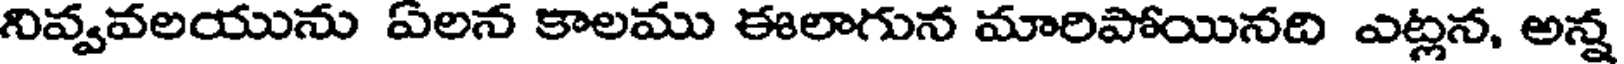
నివ్వవలయును ఏలన కాలము ఈలాగున మారిపోయినది ఎట్లన, అన్న